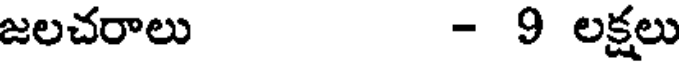
జలచరాలు - 9 లక్షలు